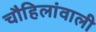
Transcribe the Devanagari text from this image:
चौहिलांवाली